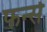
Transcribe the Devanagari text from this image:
फर्न्स